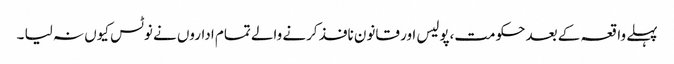
پہلے واقعہ کے بعد حکومت،پولیس اور قانون نافذ کرنے والے تمام اداروں نے نوٹس کیوں نہ لیا ۔